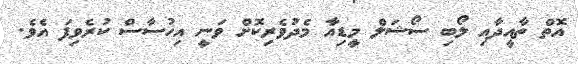
އޮތް ތާއީދާއި ލޯބި ސޯޝަލް މީޑިއާ މެދުވެރިކޮށް ވަނީ އިހުސާސް ކުރެވިފަ އެވެ.